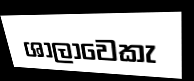
ශාලාවෙකැ